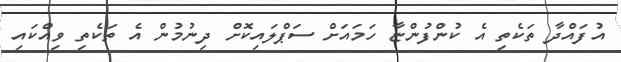
އުފައްދާ ތަކެތި އެ ކުންފުންޏާ ހަމައަށް ސަޕްލައިކޮށް ދިނުމުން އެ ތަކެތި ވިއްކައި